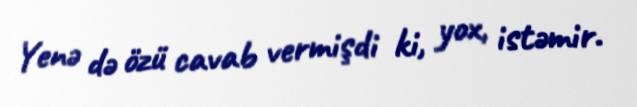
Yenə də özü cavab vermişdi ki, yox, istəmir.